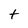
Character: t